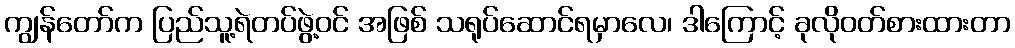
ကျွန်တော်က ပြည်သူ့ရဲတပ်ဖွဲ့ဝင် အဖြစ် သရုပ်ဆောင်ရမှာလေ၊ ဒါကြောင့် ခုလိုဝတ်စားထားတာ